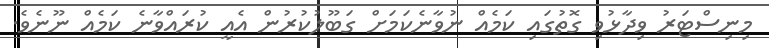
މިނިސްޓަރު ވިދާޅުވި ގޮތުގައި ކަމެއް ނުވާނެކަމަށް ގަބޫލުކުރުން އެއީ ކުރައްވާނެ ކަމެއް ނޫނެވެ.